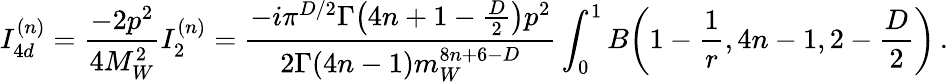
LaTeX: I_{4d}^{(n)}=\frac{-2p^{2}}{4M_{W}^{2}}I_{2}^{(n)}=\frac{-i\pi^{D/2}\Gamma\big(4n+1-\frac{D}{2}\big)p^{2}}{2\Gamma(4n-1)m_{W}^{8n+6-D}}\int_{0}^{1}B\bigg(1-\frac{1}{r},4n-1,2-\frac{D}{2}\bigg)\, .